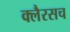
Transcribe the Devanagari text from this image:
क्लैरसच